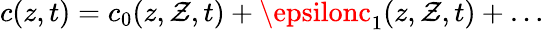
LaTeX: c(z,t)=c_{0}(z,\mathcal{Z},t)+\epsilonc_{1}(z,\mathcal{Z},t)+\ldots